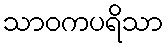
သာဝကပရိသာ